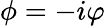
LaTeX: \phi=-i\varphi